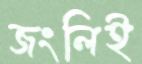
জংলিই